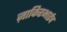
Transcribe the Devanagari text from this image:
ज़ाकिरभाईच